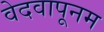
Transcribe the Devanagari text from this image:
वेदवापूनम